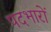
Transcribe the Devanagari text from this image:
पदभारों